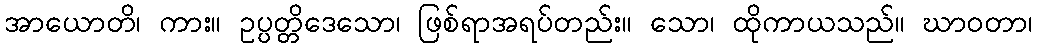
အာယောတိ၊ ကား။ ဥပ္ပတ္တိဒေသော၊ ဖြစ်ရာအရပ်တည်း။ သော၊ ထိုကာယသည်။ ဃာဝတာ၊